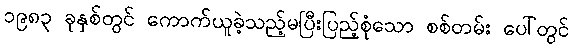
၁၉၈၃ ခုနှစ်တွင် ကောက်ယူခဲ့သည့်မပြီးပြည့်စုံသော စစ်တမ်း ပေါ်တွင်